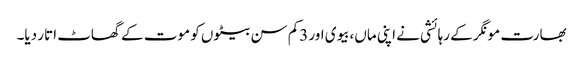
بھارت مونگر کے رہائشی نے اپنی ماں،بیوی اور 3کم سن بیٹوں کو موت کے گھاٹ اتار دیا۔